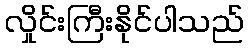
လှိုင်းကြီးနိုင်ပါသည်